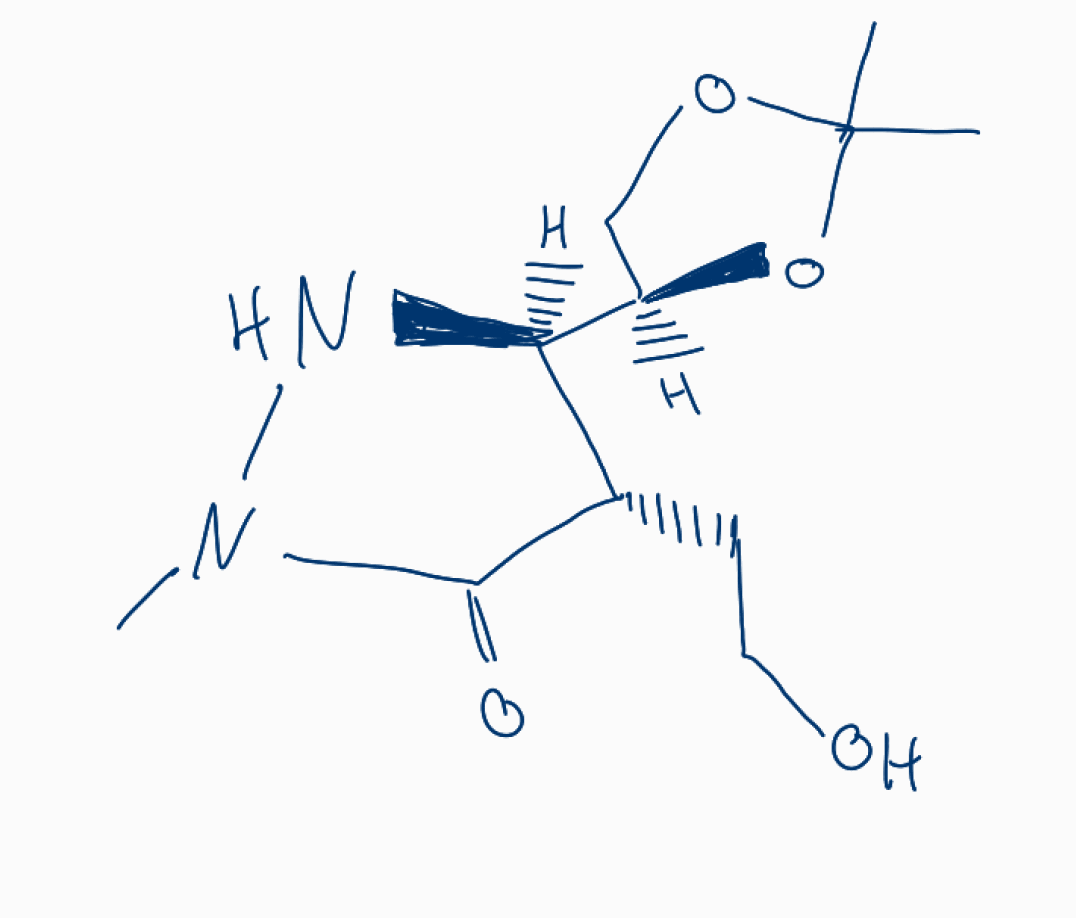
Simplified molecular-input line-entry system (SMILES) notation of the given molecule:
CC1(OC[C@@H](O1)[C@H]2[C@@H](C(=O)N(N2)C)CCO)C